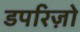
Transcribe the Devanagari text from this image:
डपरिज़ो